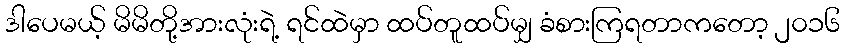
ဒါပေမယ့် မိမိတို့အားလုံးရဲ့ ရင်ထဲမှာ ထပ်တူထပ်မျှ ခံစားကြရတာကတော့ ၂၀၁၆